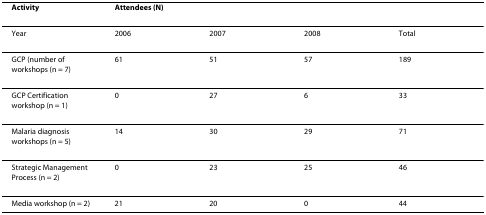
<table><thead><tr><td><b>Activity</b></td><td colspan="4"><b>Attendees (N)</b></td></tr></thead><tbody><tr><td>Year</td><td>2006</td><td>2007</td><td>2008</td><td>Total</td></tr><tr><td>GCP (number of workshops (n = 7)</td><td>61</td><td>51</td><td>57</td><td>189</td></tr><tr><td>GCP Certification workshop (n = 1)</td><td>0</td><td>27</td><td>6</td><td>33</td></tr><tr><td>Malaria diagnosis workshops (n = 5)</td><td>14</td><td>30</td><td>29</td><td>71</td></tr><tr><td>Strategic Management Process (n = 2)</td><td>0</td><td>23</td><td>25</td><td>46</td></tr><tr><td>Media workshop (n = 2)</td><td>21</td><td>20</td><td>0</td><td>44</td></tr></tbody></table>